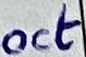
Text: oct